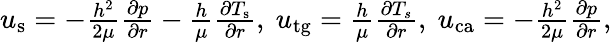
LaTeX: \begin{array}{r}{u_{\mathrm{s}}=-\frac{h^{2}}{2\mu}\frac{\partial p}{\partial r}-\frac{h}{\mu}\frac{\partial T_{\mathrm{s}}}{\partial r},\ u_{\mathrm{tg}}=\frac{h}{\mu}\frac{\partial T_{s}}{\partial r},\ u_{\mathrm{ca}}=-\frac{h^{2}}{2\mu}\frac{\partial p}{\partial r},}\end{array}